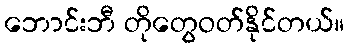
ဘောင်းဘီ တိုတွေဝတ်နိုင်တယ်။